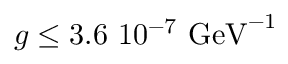
g \leq 3 . 6 \ 1 0 ^ { - 7 } \ \mathrm { G e V } ^ { - 1 }